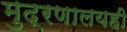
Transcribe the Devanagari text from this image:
मुद्रणालयही